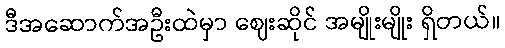
ဒီအဆောက်အဦးထဲမှာ ဈေးဆိုင် အမျိုးမျိုး ရှိတယ်။